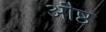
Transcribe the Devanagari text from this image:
औष्ठ